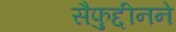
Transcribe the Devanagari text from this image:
सैफुद्दीनने